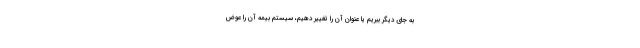
به جای دیگر ببریم یا عنوان آن را تغییر دهیم، سیستم بیمه آن را عوض